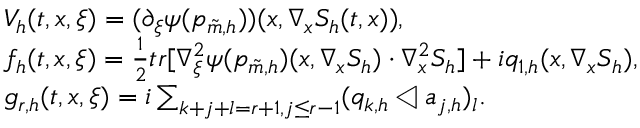
\begin{array} { r l } & { V _ { h } ( t , x , \xi ) = ( \partial _ { \xi } \psi ( p _ { \tilde { m } , h } ) ) ( x , \nabla _ { x } S _ { h } ( t , x ) ) , } \\ & { f _ { h } ( t , x , \xi ) = \frac { 1 } { 2 } t r [ \nabla _ { \xi } ^ { 2 } \psi ( p _ { \tilde { m } , h } ) ( x , \nabla _ { x } S _ { h } ) \cdot \nabla _ { x } ^ { 2 } S _ { h } ] + i q _ { 1 , h } ( x , \nabla _ { x } S _ { h } ) , } \\ & { g _ { r , h } ( t , x , \xi ) = i \sum _ { k + j + l = r + 1 , j \leq r - 1 } ( q _ { k , h } \triangleleft a _ { j , h } ) _ { l } . } \end{array}